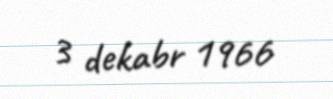
3 dekabr 1966